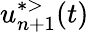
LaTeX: u_{n+1}^{*>}(t)